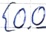
Text: E0.0